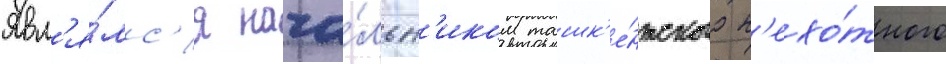
Явл'я́лс'я нача́льн'иком ташк'е́нтского п'ехо́тного